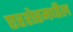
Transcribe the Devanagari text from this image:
एरशेरमधील